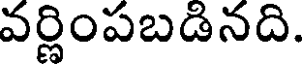
వర్ణింపబడినది.